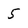
Character: 5